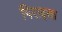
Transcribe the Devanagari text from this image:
पिराइसा